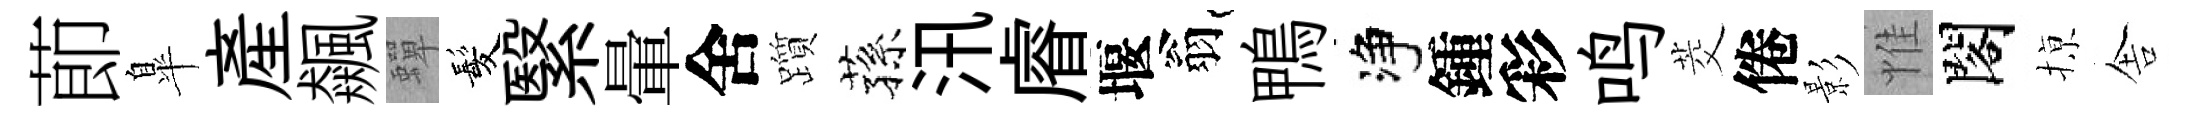
莭臯産飆蟬髪繄暈舍躓蓀汛𥈠堰翁鴨净鍾彩鸣茭倦影惟閣𢱊舎